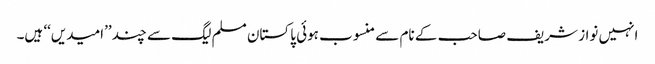
انہیں نواز شریف صاحب کے نام سے منسوب ہوئی پاکستان مسلم لیگ سے چند ’’امیدیں‘‘ ہیں۔